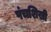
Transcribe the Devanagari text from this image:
पंचशिखी